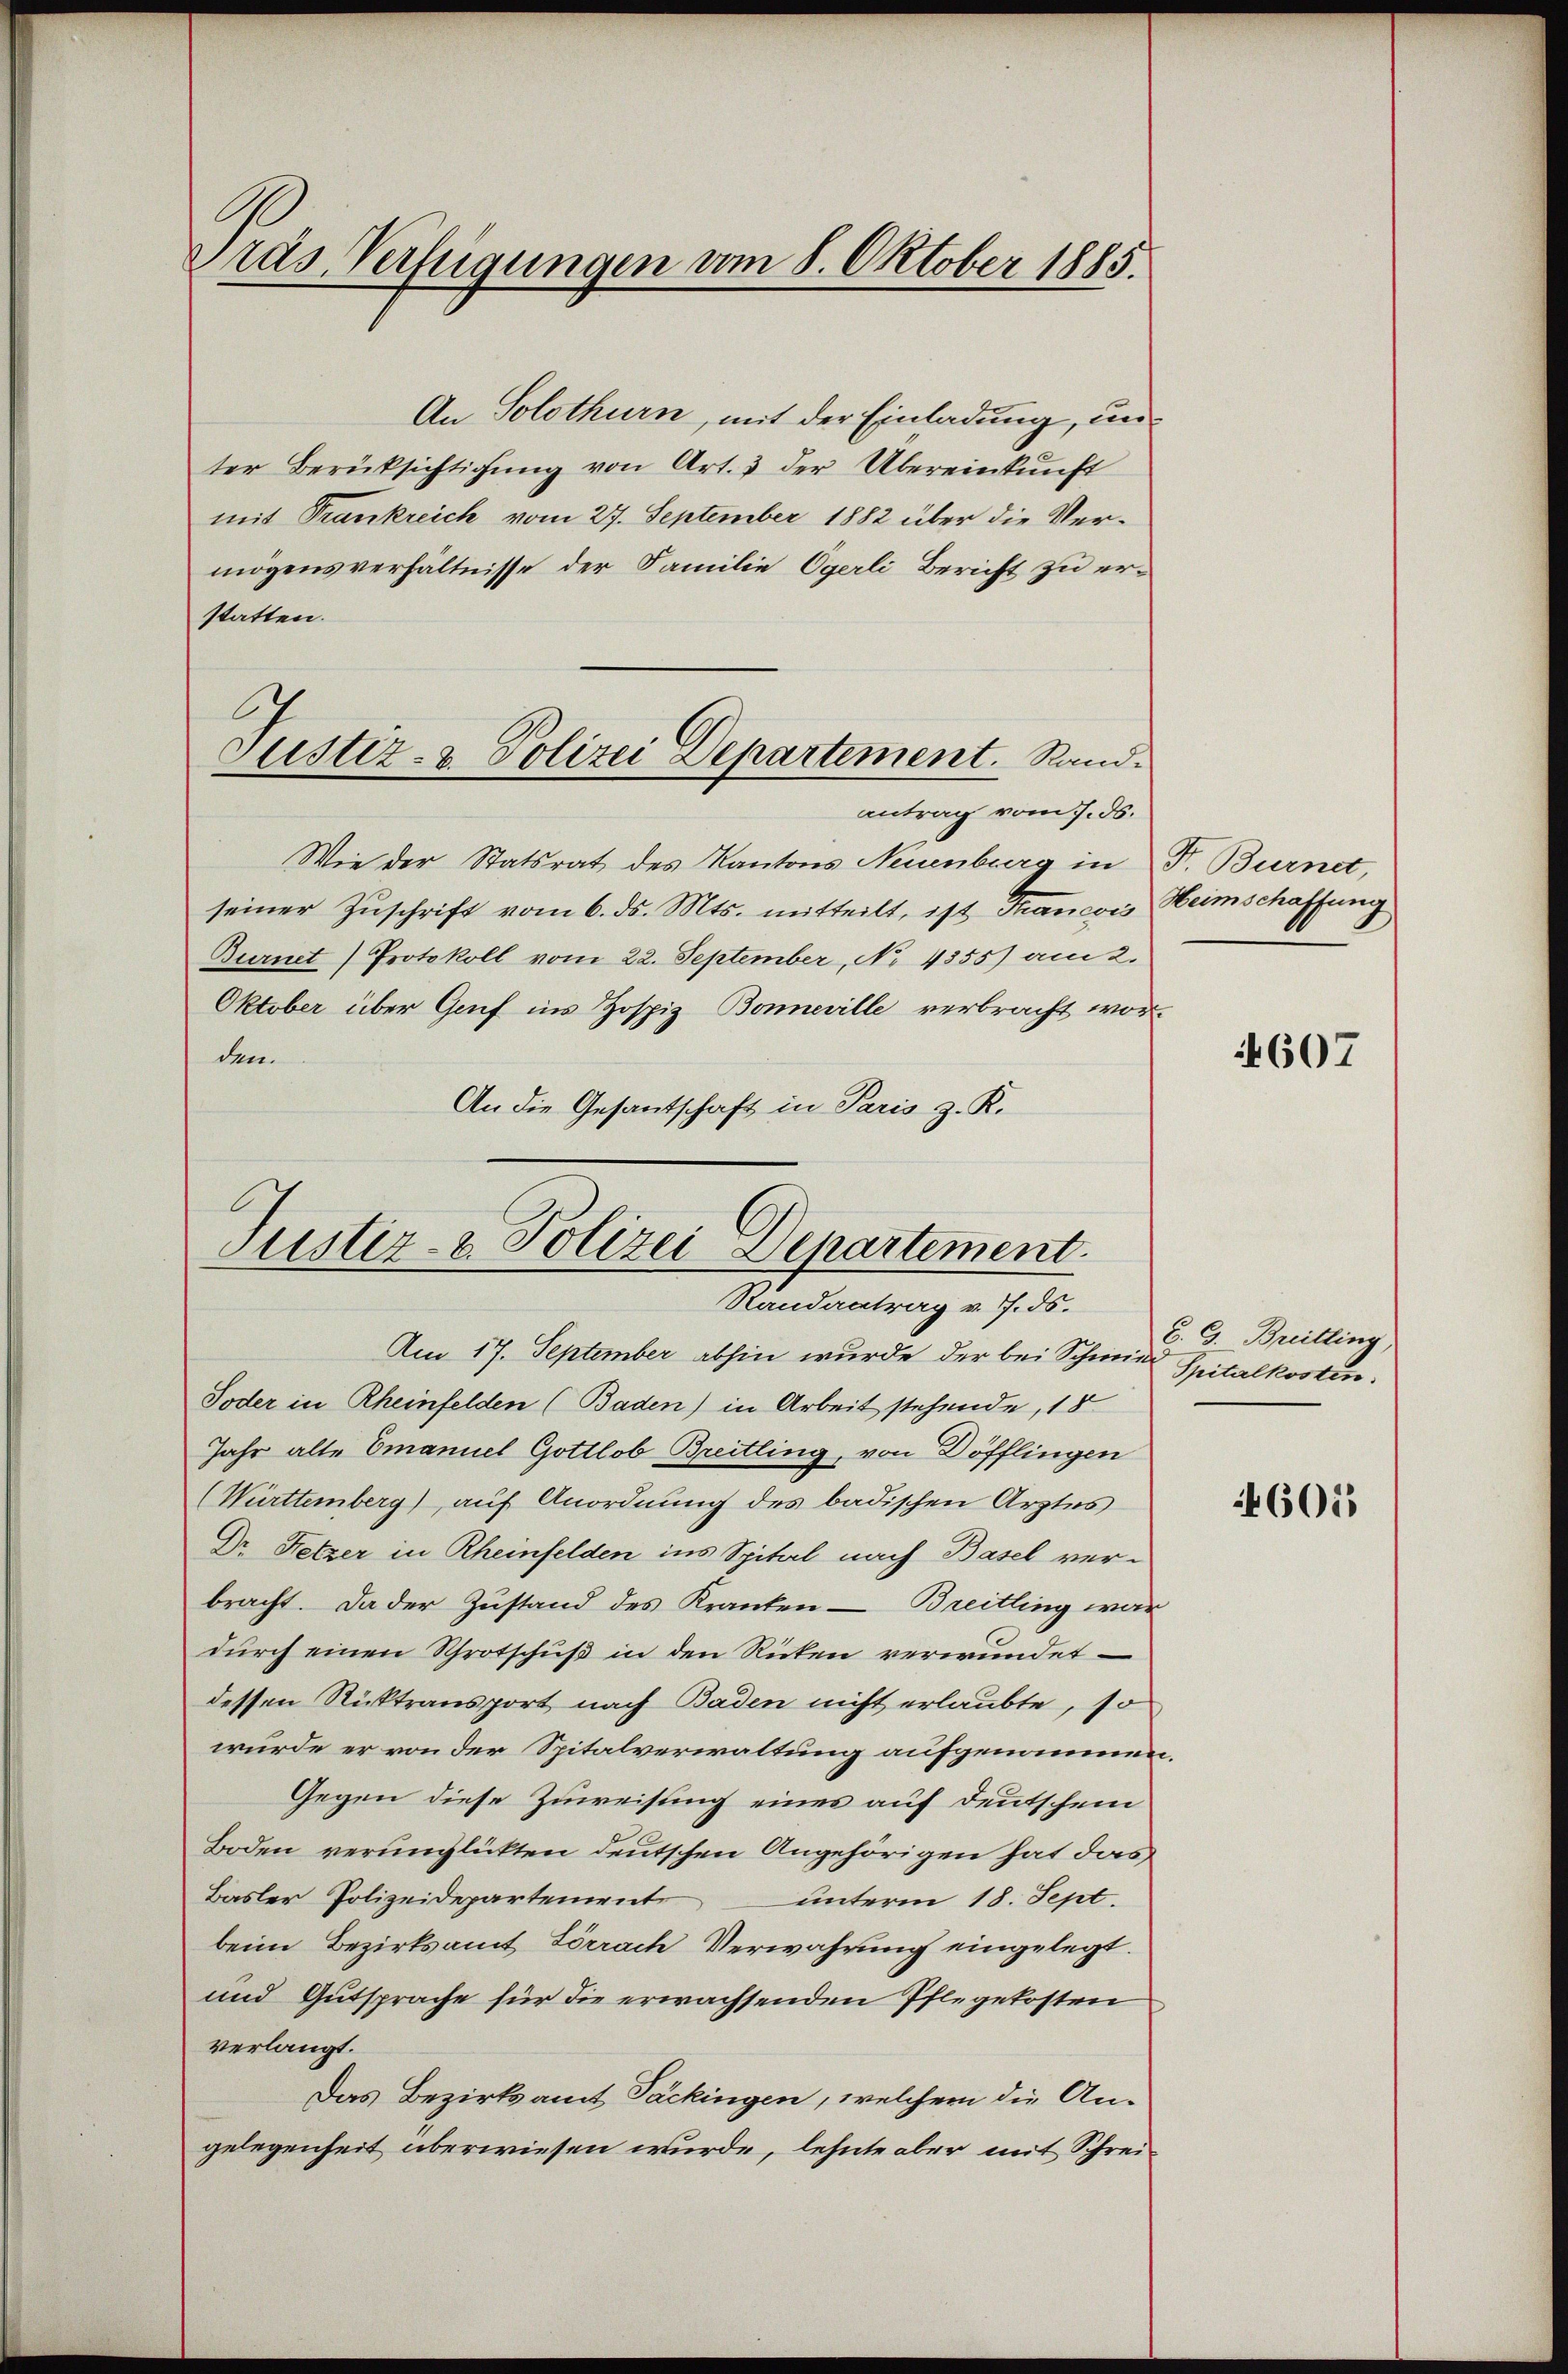
Pras Verfügungen vom 8. Oktober 1885.

An Solothurn, mit der Einladung, unter Berücksichtigŭng von Art. 3 der Übereinkunft
mit Trankreich vom 27. September 1882 über die Vermögensverhältnisse der Familie Operli Bericht zu erstatten.
antrag vom 7. ds.
Wie der Statsrat des Kantons Neuenburg in P. Burnet,
seiner Zuschrift vom 6. ds. Mts. mitteilt, ist Trancois Heimschaffung
Burnet) Protokoll vom 22. September, No 4355) am 2.
Oktober über Genf in Hospiz Bonneville verbracht worden.
An die Gesantschaft in Paris z. K.

6
Justiz- & Polizei Departement. Rand¬

Justiz- & Polizei Departement.
Randantrag v. 7. ds.

Am 17. September abhin wurde der bei Schmidt Spitalkosten.
Toder in Rheinfelden (Baden) in Arbeit stehende, 18
Jahr alte Emanuel Gottlob Breitling, von Döfflingen
(Württemberg) auf Anordnung des badischen Arztes
Dr. Fetzer in Rheinfelden ins Spital nach Basel ver-
bracht. Da der Zustand des Kranken - Breitling war
dŭrch einen Schrotschuß in den Ricken verwundet
dessen Rücktransport nach Baden nicht erlaubte, so
wurde er von der Spitalverwaltung aufgenommen.
Gegen diese Zuweisung eines auf deutschein
Boden verunglückten deutschen Angehörigen hat das
Basler Polizeidepartement
unterm 18. Sept.
beim Bezirksamt Lörrach Verwahrung eingelegt.
und Gutsprache für die erwachsenden Pflegekosten
verlangt.
Das Bezirksamt Päckingen, welchem die Angelegenheit überwiesen wurde, lehnte aber mit Schrei¬

607

B. G. Breitting

605